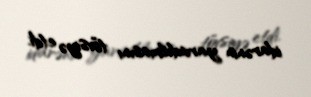
idarənin yaradılmasını tövsiyə etdi.